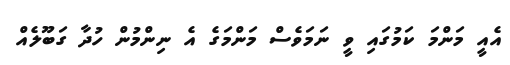
އެއީ މަންމަ ކަމުގައި ވީ ނަމަވެސް މަންމަގެ އެ ނިންމުން ހުދާ ގަބޫލެއް